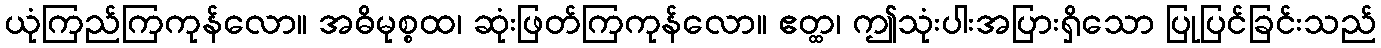
ယုံကြည်ကြကုန်လော။ အဓိမုစ္စထ၊ ဆုံးဖြတ်ကြကုန်လော။ ဧတ္ထ၊ ဤသုံးပါးအပြားရှိသော ပြုပြင်ခြင်းသည်